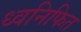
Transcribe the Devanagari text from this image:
ध्वनिफित